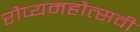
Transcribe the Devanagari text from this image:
रौप्यमहौत्सवी